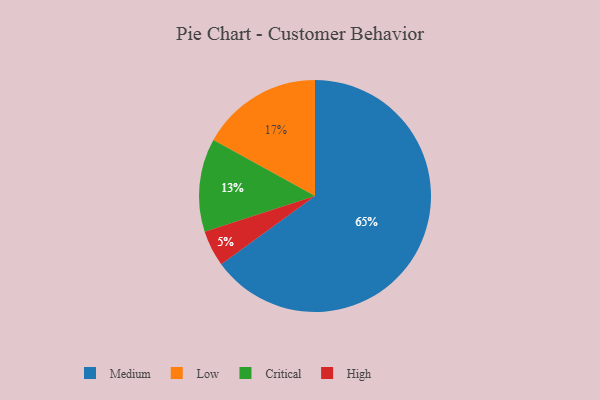
{"axis": {"x": "Category", "y": "Percentage"}, "legend": ["Critical", "High", "Low", "Medium"], "data": [{"x": "Critical", "y": 13, "type": "Critical"}, {"x": "Medium", "y": 65, "type": "Medium"}, {"x": "High", "y": 5, "type": "High"}, {"x": "Low", "y": 17, "type": "Low"}]}